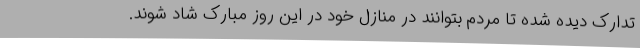
تدارک دیده شده تا مردم بتوانند در منازل خود در این روز مبارک شاد شوند.